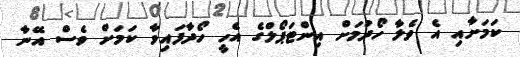
ކަމަށާއި އެ ވެލާ ހޯދުމަށް އިންޓަޕޯލްގެ އެހީ ހޯދާފައިވާ ކަމަށް ވެސް އޭނާ